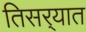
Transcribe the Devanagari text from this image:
तिसर्‍यात